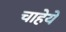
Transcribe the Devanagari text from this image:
चाहेये